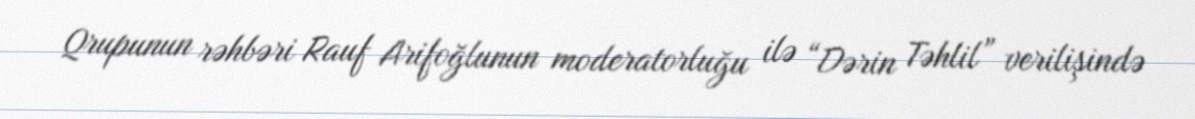
Qrupunun rəhbəri Rauf Arifoğlunun moderatorluğu ilə “Dərin Təhlil” verilişində